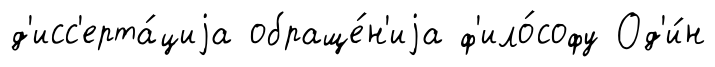
д'исс'ерта́циjа обраще́н'иjа ф'ило́софу Од'и́н